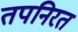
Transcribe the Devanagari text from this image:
तपनिरत